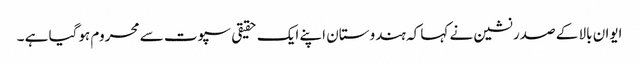
ایوان بالا کے صدر نشین نے کہا کہ ہندوستان اپنے ایک حقیقی سپوت سے محروم ہوگیا ہے ۔